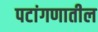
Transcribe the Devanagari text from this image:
पटांगणातील